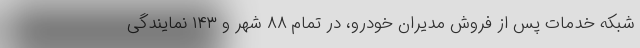
شبکه خدمات پس از فروش مدیران خودرو، در تمام ۸۸ شهر و ۱۴۳ نمایندگی